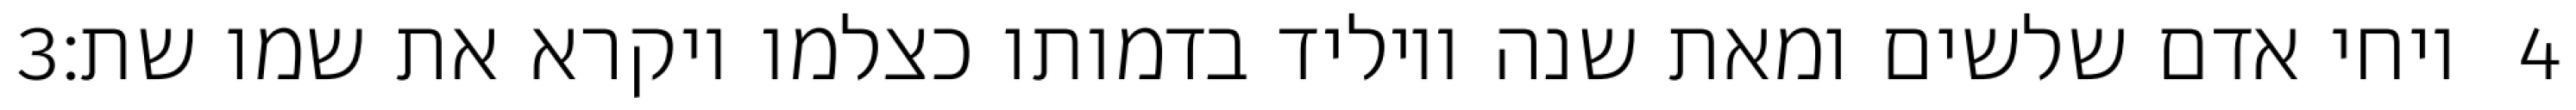
‎3‏ ויחי אדם שלשים ומאת שנה ויוליד בדמותו כצלמו ויקרא את שמו שת׃ ‎4‏